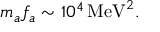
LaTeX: m _ { a } f _ { a } \sim 1 0 ^ { 4 } \, \mathrm { M e V } ^ { 2 } .